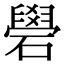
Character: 礐